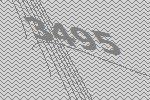
3495